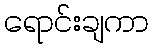
ရောင်းချကာ